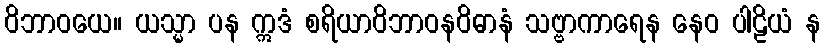
ဝိဘာဝယေ။ ယသ္မာ ပန ဣဒံ စရိယာဝိဘာဝနဝိဓာနံ သဗ္ဗာကာရေန နေဝ ပါဠိယံ န